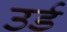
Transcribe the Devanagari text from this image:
उर्ड